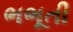
ભભૂતી